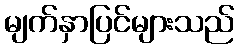
မျက်နှာပြင်များသည်